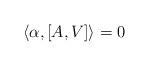
LaTeX: \begin{align*}\langle \alpha , [ A,V ] \rangle = 0\end{align*}